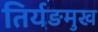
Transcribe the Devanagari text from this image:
तिर्यङमुख